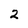
Character: 2